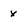
Character: x